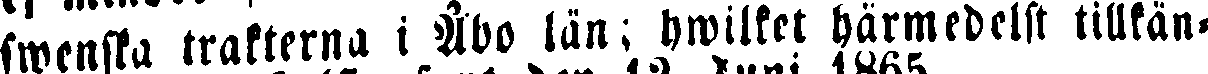
swenska trakterna i Åbo län; hwilket härmedelst tillkän-